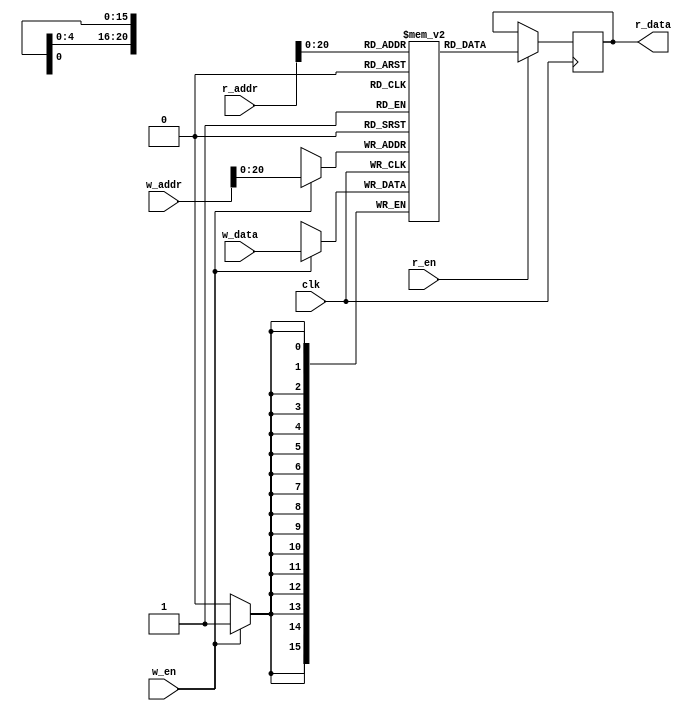
//////////////////////////////////////////////////////////////////////////////////////////////////////
// Simple block RAM example 2                                                                       //
//                                                                                                  //
// Inputs:                                                                                          //
//      clk             - Input clock                                                               //
//      w_en            - Write enable                                                              //
//      r_en            - Read enable                                                               //
//      w_addr[21:0]     - Write address                                                            //
//      r_addr[21:0]     - Read address                                                             //
//      w_data[15:0]     - Data to be written                                                       //
//                                                                                                  //
// Outputs:                                                                                         //
//      r_data[15:0]     - Data to be read                                                          //
//                                                                                                  //
// Based on: https://github.com/ShawnHymel/introduction-to-fpga/tree/main/08-memory                 //
//                                                                                                  //
// Manuel Jimnez Martnez - University of Mlaga                                                    //                                                                                                  //
//////////////////////////////////////////////////////////////////////////////////////////////////////

// Inferred block RAM
module memory #(

    // Parameters
    parameter   INIT_FILE = ""
) (

    // Inputs
    input               clk,
    input               w_en,
    input               r_en,
    input       [21:0]   w_addr,
    input       [21:0]   r_addr,
    input       [15:0]   w_data,
    
    // Outputs
    output  reg [15:0]   r_data
);

    // Declare memory
    reg [15:0]  mem [0:2097151]; // 2^22 words, each word 16 bits
    
    // Interact with the memory block
    always @ (posedge clk) begin
    
        // Write to memory
        if (w_en == 1'b1) begin
            mem[w_addr] <= w_data;
        end
        
        // Read from memory
        if (r_en == 1'b1) begin
            r_data <= mem[r_addr];
        end
    end
    
    // Initialization (if available)
    initial if (INIT_FILE) begin
        $readmemh(INIT_FILE, mem);
    end
    
endmodule